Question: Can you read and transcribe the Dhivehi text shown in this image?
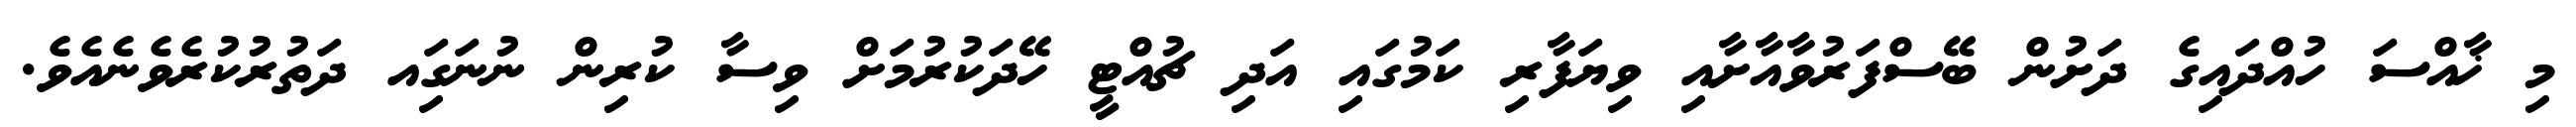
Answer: މި ޚާއްސަ ހުއްދައިގެ ދަށުން ބޭސްފަރުވާއާށާއި ވިޔަފާރި ކަމުގައި އަދި ޗުއްޓީ ހޭދަކުރުމަށް ވިސާ ކުރިން ނުނަގަިއ ދަތުރުކުރެވެނެއެވެ.